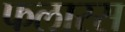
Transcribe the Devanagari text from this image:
फलारस